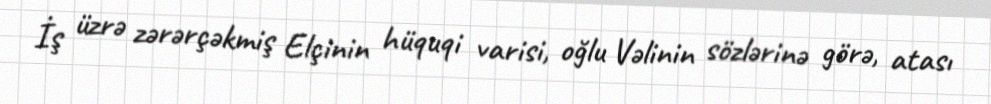
İş üzrə zərərçəkmiş Elçinin hüquqi varisi, oğlu Vəlinin sözlərinə görə, atası